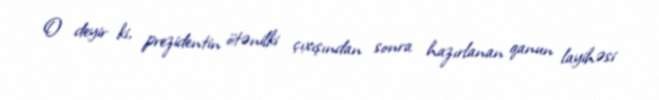
O deyir ki, prezidentin ötənilki çıxışından sonra hazırlanan qanun layihəsi